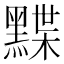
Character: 𪑧